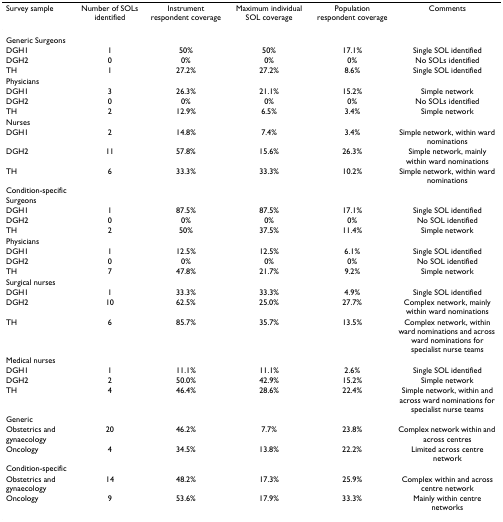
<table><thead><tr><td><b>Survey sample</b></td><td><b>Number of SOLs identified</b></td><td><b>Instrument respondent coverage</b></td><td><b>Maximum individual SOL coverage</b></td><td><b>Population respondent coverage</b></td><td><b>Comments</b></td></tr></thead><tbody><tr><td>Generic Surgeons</td><td></td><td></td><td></td><td></td><td></td></tr><tr><td>DGH1</td><td>1</td><td>50%</td><td>50%</td><td>17.1%</td><td>Single SOL identified</td></tr><tr><td>DGH2</td><td>0</td><td>0%</td><td>0%</td><td>0%</td><td>No SOLs identified</td></tr><tr><td>TH</td><td>1</td><td>27.2%</td><td>27.2%</td><td>8.6%</td><td>Single SOL identified</td></tr><tr><td>Physicians</td><td></td><td></td><td></td><td></td><td></td></tr><tr><td>DGH1</td><td>3</td><td>26.3%</td><td>21.1%</td><td>15.2%</td><td>Simple network</td></tr><tr><td>DGH2</td><td>0</td><td>0%</td><td>0%</td><td>0%</td><td>No SOLs identified</td></tr><tr><td>TH</td><td>2</td><td>12.9%</td><td>6.5%</td><td>3.4%</td><td>Simple network</td></tr><tr><td>Nurses</td><td></td><td></td><td></td><td></td><td></td></tr><tr><td>DGH1</td><td>2</td><td>14.8%</td><td>7.4%</td><td>3.4%</td><td>Simple network, within ward nominations</td></tr><tr><td>DGH2</td><td>11</td><td>57.8%</td><td>15.6%</td><td>26.3%</td><td>Simple network, mainly within ward nominations</td></tr><tr><td>TH</td><td>6</td><td>33.3%</td><td>33.3%</td><td>10.2%</td><td>Simple network, within ward nominations</td></tr><tr><td>Condition-specific Surgeons</td><td></td><td></td><td></td><td></td><td></td></tr><tr><td>DGH1</td><td>1</td><td>87.5%</td><td>87.5%</td><td>17.1%</td><td>Single SOL identified</td></tr><tr><td>DGH2</td><td>0</td><td>0%</td><td>0%</td><td>0%</td><td>No SOL identified</td></tr><tr><td>TH</td><td>2</td><td>50%</td><td>37.5%</td><td>11.4%</td><td>Simple network</td></tr><tr><td>Physicians</td><td></td><td></td><td></td><td></td><td></td></tr><tr><td>DGH1</td><td>1</td><td>12.5%</td><td>12.5%</td><td>6.1%</td><td>Single SOL identified</td></tr><tr><td>DGH2</td><td>0</td><td>0%</td><td>0%</td><td>0%</td><td>No SOL identified</td></tr><tr><td>TH</td><td>7</td><td>47.8%</td><td>21.7%</td><td>9.2%</td><td>Simple network</td></tr><tr><td>Surgical nurses</td><td></td><td></td><td></td><td></td><td></td></tr><tr><td>DGH1</td><td>1</td><td>33.3%</td><td>33.3%</td><td>4.9%</td><td>Single SOL identified</td></tr><tr><td>DGH2</td><td>10</td><td>62.5%</td><td>25.0%</td><td>27.7%</td><td>Complex network, mainly within ward nominations</td></tr><tr><td>TH</td><td>6</td><td>85.7%</td><td>35.7%</td><td>13.5%</td><td>Complex network, within ward nominations and across ward nominations for specialist nurse teams</td></tr><tr><td>Medical nurses</td><td></td><td></td><td></td><td></td><td></td></tr><tr><td>DGH1</td><td>1</td><td>11.1%</td><td>11.1%</td><td>2.6%</td><td>Single SOL identified</td></tr><tr><td>DGH2</td><td>2</td><td>50.0%</td><td>42.9%</td><td>15.2%</td><td>Simple network</td></tr><tr><td>TH</td><td>4</td><td>46.4%</td><td>28.6%</td><td>22.4%</td><td>Simple network, within and across ward nominations for specialist nurse teams</td></tr><tr><td>Generic</td><td></td><td></td><td></td><td></td><td></td></tr><tr><td>Obstetrics and gynaecology</td><td>20</td><td>46.2%</td><td>7.7%</td><td>23.8%</td><td>Complex network within and across centres</td></tr><tr><td>Oncology</td><td>4</td><td>34.5%</td><td>13.8%</td><td>22.2%</td><td>Limited across centre network</td></tr><tr><td>Condition-specific</td><td></td><td></td><td></td><td></td><td></td></tr><tr><td>Obstetrics and gynaecology</td><td>14</td><td>48.2%</td><td>17.3%</td><td>25.9%</td><td>Complex within and across centre network</td></tr><tr><td>Oncology</td><td>9</td><td>53.6%</td><td>17.9%</td><td>33.3%</td><td>Mainly within centre networks</td></tr></tbody></table>